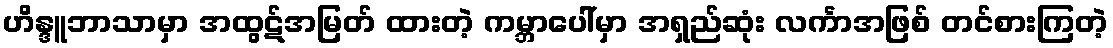
ဟိန္ဒူဘာသာမှာ အထွဋ်အမြတ် ထားတဲ့ ကမ္ဘာပေါ်မှာ အရှည်ဆုံး လင်္ကာအဖြစ် တင်စားကြတဲ့